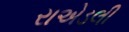
રાએડલી